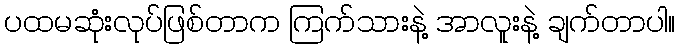
ပထမဆုံးလုပ်ဖြစ်တာက ကြက်သားနဲ့ အာလူးနဲ့ ချက်တာပါ။